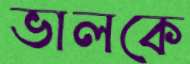
ভালকে